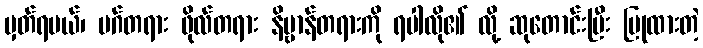
မှတ်ရမယ်၊ မဂ်တရား ဖိုလ်တရား နိဗ္ဗာန်တရားကို ရပါလို၏ လို့ ဆုတောင်းပြီး ပြုထားတဲ့